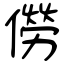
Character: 僗